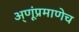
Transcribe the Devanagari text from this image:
अ्णूंप्रमाणेच